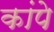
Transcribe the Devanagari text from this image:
कांपे